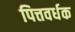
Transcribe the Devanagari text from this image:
पित्तवर्धक